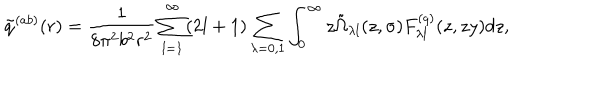
LaTeX: \tilde { q } ^ { ( a b ) } ( r ) = \frac { 1 } { 8 \pi ^ { 2 } b ^ { 2 } r ^ { 2 } } \sum _ { l = 1 } ^ { \infty } ( 2 l + 1 ) \sum _ { \lambda = 0 , 1 } \int _ { 0 } ^ { \infty } { z \tilde { \Omega } _ { \lambda l } ( z , \sigma ) F _ { \lambda l } ^ { ( q ) } ( z , z y ) d z } ,